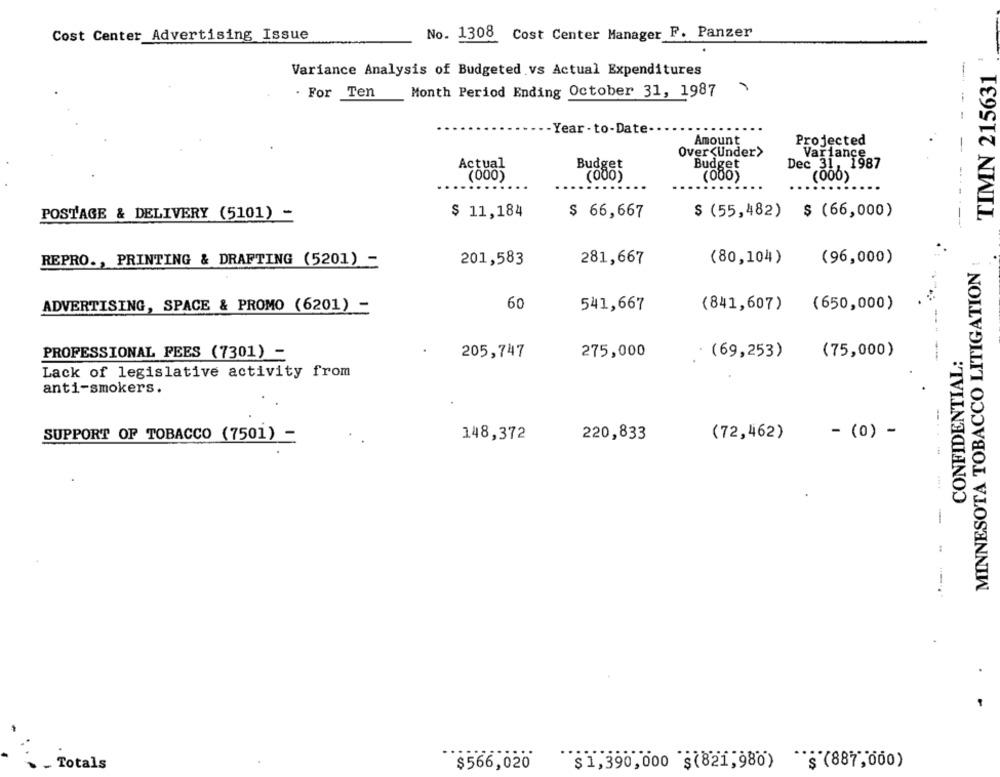
Cost Center Advertising Issue
No. 1308 Cost Center Manager F. Panzer
TIMN 215631
Variance Analysis of Budgeted vs Actual Expenditures
. For Ten
Month Period Ending October 31, 1987
Year - to-Date.
Amount
Projected
--- -
Over<Under>
Variance
Budget
Actual
Dec 31, 1987
(000)
(080)
(000)
POSTAGE & DELIVERY (5101) -
$ 11,184
$ 66,667
$ (55,482) $ (66,000)
---- ---
MINNESOTA TOBACCO LITIGATION :
REPRO ., PRINTING & DRAFTING (5201) -
201,583
281,667
(80,104)
(96,000)
ADVERTISING, SPACE & PROMO (6201) -
60
541,667
(841,607)
(650,000)
PROFESSIONAL FEES (7301) -
205,747
275,000
. (69,253)
(75,000)
CONFIDENTIAL:
Lack of legislative activity from
anti-smokers.
148,372
220,833
(72,462)
- (0) -
SUPPORT OF TOBACCO (7501) -
- Totals
$566,020
$1,390,000 $(821,980) $(887,000)